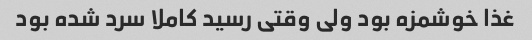
غذا خوشمزه بود ولی وقتی رسید کاملا سرد شده بود